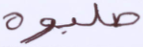
صلبوه